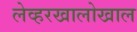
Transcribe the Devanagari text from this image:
लेव्हरखालोखाल